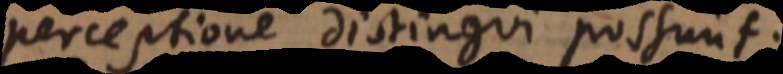
perceptione distingui possunt.